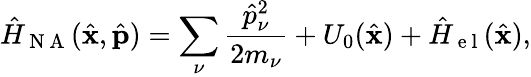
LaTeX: \hat{H}_{\mathrm{~N~A~}}(\hat{\mathbf{x}},\hat{\mathbf{p}})=\sum_{\nu}\frac{\hat{p}_{\nu}^{2}}{2m_{\nu}}+U_{0}(\hat{\mathbf{x}})+\hat{H}_{\mathrm{~e~l~}}(\hat{\mathbf{x}}),